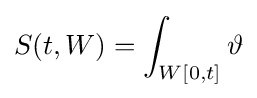
S(t,W)=\int _{W[0,t]}\vartheta